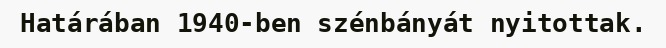
Határában 1940-ben szénbányát nyitottak.